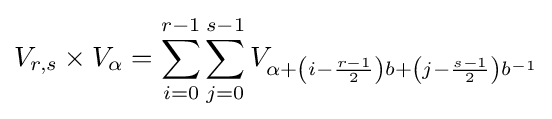
V_{r,s}\times V_{\alpha }=\sum _{i=0}^{r-1}\sum _{j=0}^{s-1}V_{\alpha +\left(i-{\frac {r-1}{2}}\right)b+\left(j-{\frac {s-1}{2}}\right)b^{-1}}